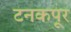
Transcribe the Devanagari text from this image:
टनकपूर